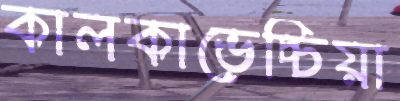
কালকাভেচ্চিয়া